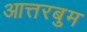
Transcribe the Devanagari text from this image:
आत्तरबुम